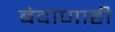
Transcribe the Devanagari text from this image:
बेदाणाही